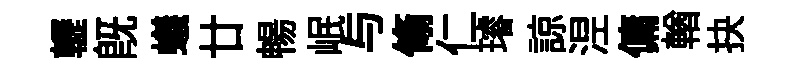
轣既蟻廿暢岷与翛仁璿諒𣵀傭輶抉